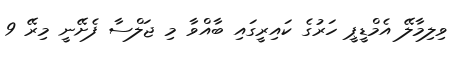
ވިލިމާލޭ އެމްޑީޕީ ހަރުގެ ކައިރީގައި ބާއްވާ މި ޖަލްސާ ފެށޭނީ މިރޭ 9